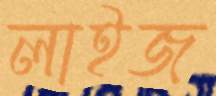
লাইজ